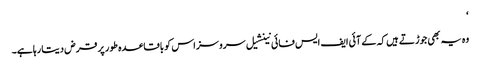
‘
وہ یہ بھی جوڑتے ہیں کہ کے آئی ایف ایس فائی نینشیل سروسز اس کو باقاعدہ طور پر قرض دیتا رہا ہے۔